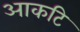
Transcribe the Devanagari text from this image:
आकटि